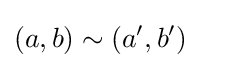
(a,b)\sim (a',b')\quad